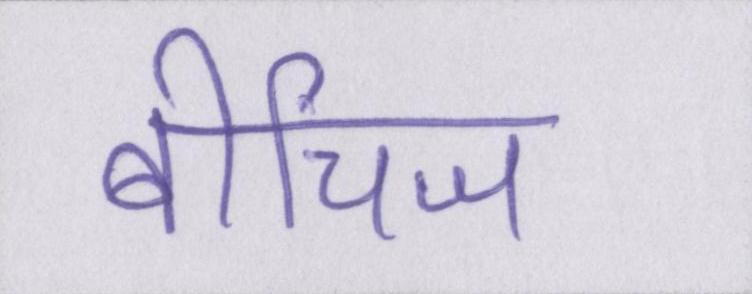
बीचिज